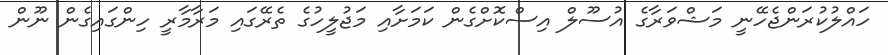
ހައްލުކުރަންޖެހޭނީ މަޝްވަރާގެ އުސޫލް އިސްކޮށްގެން ކަމަށާއި މަޖުލީހުގެެ ތެރޭގައި މަރާމާރީ ހިންގައިގެން ނޫން